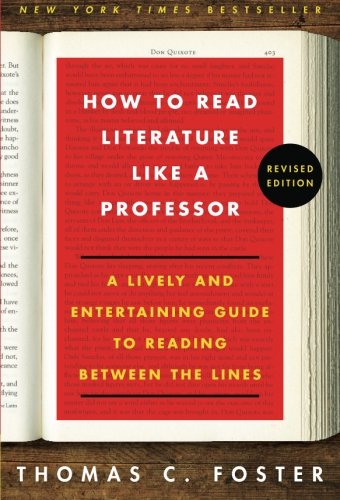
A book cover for How to Read Literature Like a Professor: A Lively and Entertaining Guide to Reading Between the Lines, Revised Edition; Thomas C. Foster; Literature & Fiction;